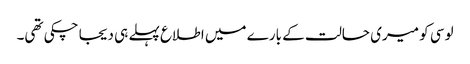
لوسی کو میری حالت کے بارے میں اطلاع پہلے ہی دیجا چکی تھی۔